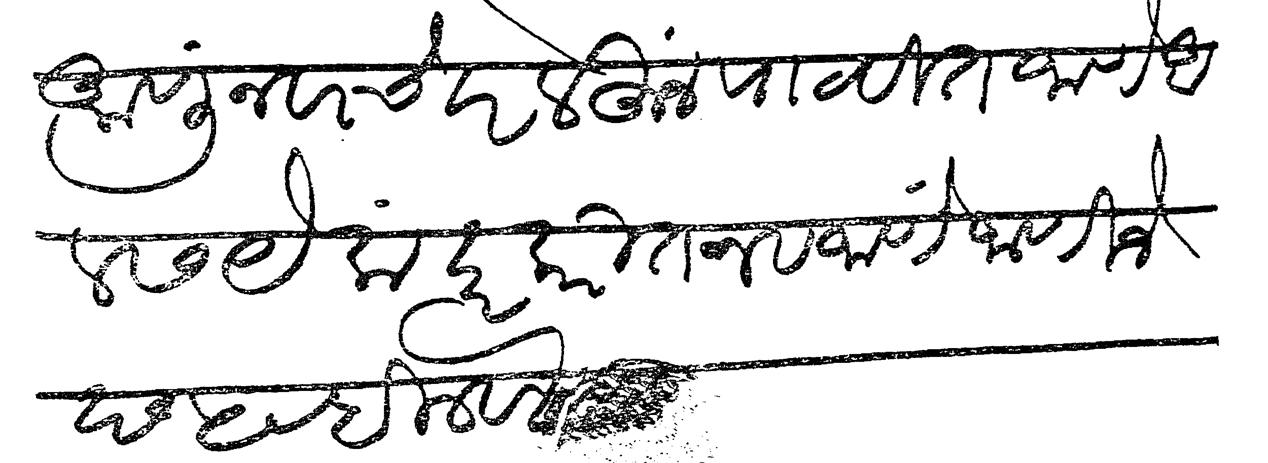
Transliteration (Devanagari): आणून वरचेवर लेहून पाठवीत जाणें आछस येकंदर करीत न जाणें जाणिजे छ ५ रविलावल